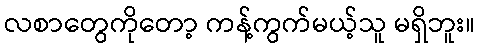
လစာတွေကိုတော့ ကန့်ကွက်မယ့်သူ မရှိဘူး။